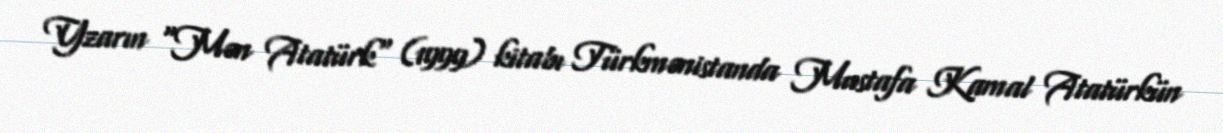
Yzarın "Mən Atatürk" (1999) kitabı Türkmənistanda Mustafa Kamal Atatürkün